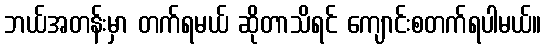
ဘယ်အတန်းမှာ တက်ရမယ် ဆိုတာသိရင် ကျောင်းစတက်ရပါမယ်။